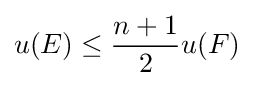
u(E)\leq {\frac {n+1}{2}}u(F)\